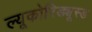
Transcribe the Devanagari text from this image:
ल्यूकोरिड्यूस्ड